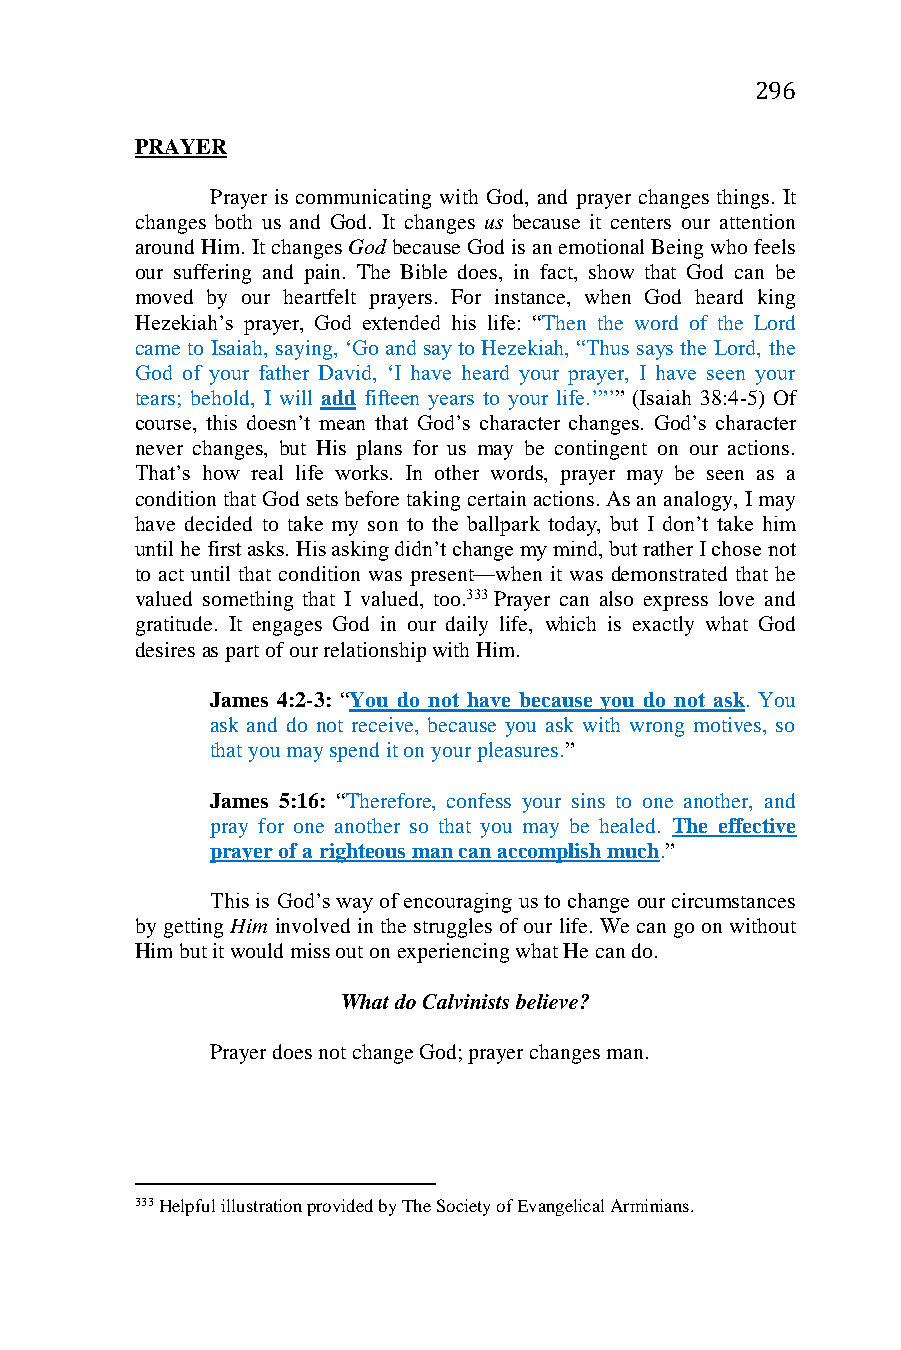
296
 PRAYER
 Prayer is communicating with God, and prayer changes things. It
 changes both us and God. It changes us because it centers our attention
 around Him. It changes God because God is an emotional Being who feels
 our suffering and pain. The Bible does, in fact, show that God can be
 moved by our heartfelt prayers. For instance, when God heard king
 Hezekiah’s prayer, God extended his life: “Then the word of the Lord
 came to Isaiah, saying, ‘Go and say to Hezekiah, “Thus says the Lord, the
 God of your father David, ‘I have heard your prayer, I have seen your
 tears; behold, I will add fifteen years to your life.’”’” (Isaiah 38:4-5) Of
 course, this doesn’t mean that God’s character changes. God’s character
 never changes, but His plans for us may be contingent on our actions.
 That’s how real life works. In other words, prayer may be seen as a
 condition that God sets before taking certain actions. As an analogy, I may
 have decided to take my son to the ballpark today, but I don’t take him
 until he first asks. His asking didn’t change my mind, but rather I chose not
 to act until that condition was present—when it was demonstrated that he
 valued something that I valued, too.333 Prayer can also express love and
 gratitude. It engages God in our daily life, which is exactly what God
 desires as part of our relationship with Him.
 James 4:2-3: “You do not have because you do not ask. You
 ask and do not receive, because you ask with wrong motives, so
 that you may spend it on your pleasures.”
 James 5:16: “Therefore, confess your sins to one another, and
 pray for one another so that you may be healed. The effective
 prayer of a righteous man can accomplish much.”
 This is God’s way of encouraging us to change our circumstances
 by getting Him involved in the struggles of our life. We can go on without
 Him but it would miss out on experiencing what He can do.
 What do Calvinists believe?
 Prayer does not change God; prayer changes man.
 333 Helpful illustration provided by The Society of Evangelical Arminians.